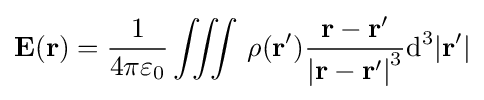
\mathbf {E} (\mathbf {r} )={\frac {1}{4\pi \varepsilon _{0}}}\iiint \,\rho (\mathbf {r} '){\mathbf {r-r'}  \over {|\mathbf {r-r'} |}^{3}}\mathrm {d} ^{3}|\mathbf {r} '|